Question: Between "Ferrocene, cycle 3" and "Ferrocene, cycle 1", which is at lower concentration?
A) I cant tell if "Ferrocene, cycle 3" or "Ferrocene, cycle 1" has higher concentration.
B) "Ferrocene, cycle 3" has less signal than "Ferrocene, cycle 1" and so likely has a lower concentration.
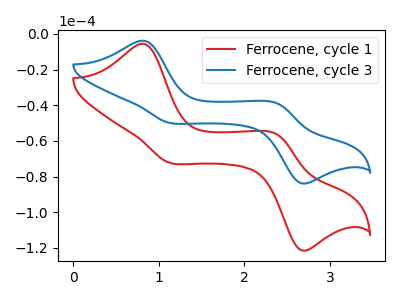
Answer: <think>The red curve "Ferrocene, cycle 1" has anodic peaks at (0.80V, -5.55uA) (2.40V, -56.30uA) and cathodic peaks at (1.10V, -72.10uA) (2.65V, -121.00uA). The blue curve "Ferrocene, cycle 3" has anodic peaks at (0.80V, -3.85uA) (2.40V, -38.85uA) and cathodic peaks at (1.10V, -49.75uA) (2.65V, -83.50uA).
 All the peaks in "Ferrocene, cycle 3" have a peak in "Ferrocene, cycle 1" at the same potential.</think>
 <answer>A) I cant tell if "Ferrocene, cycle 3" or "Ferrocene, cycle 1" has higher concentration.</answer>
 <eval>A</eval>